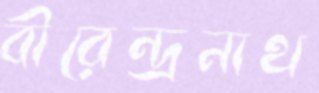
বীরেন্দ্রনাথ